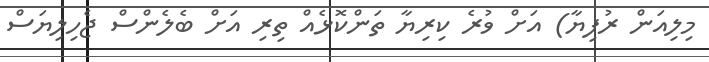
މިލިއަން ރުފިޔާ) އަށް ވުރެ ކިރިޔާ ތަންކޮޅެއް ތިރި އަށް ބެލެންސް ޖެހިލިޔަސް